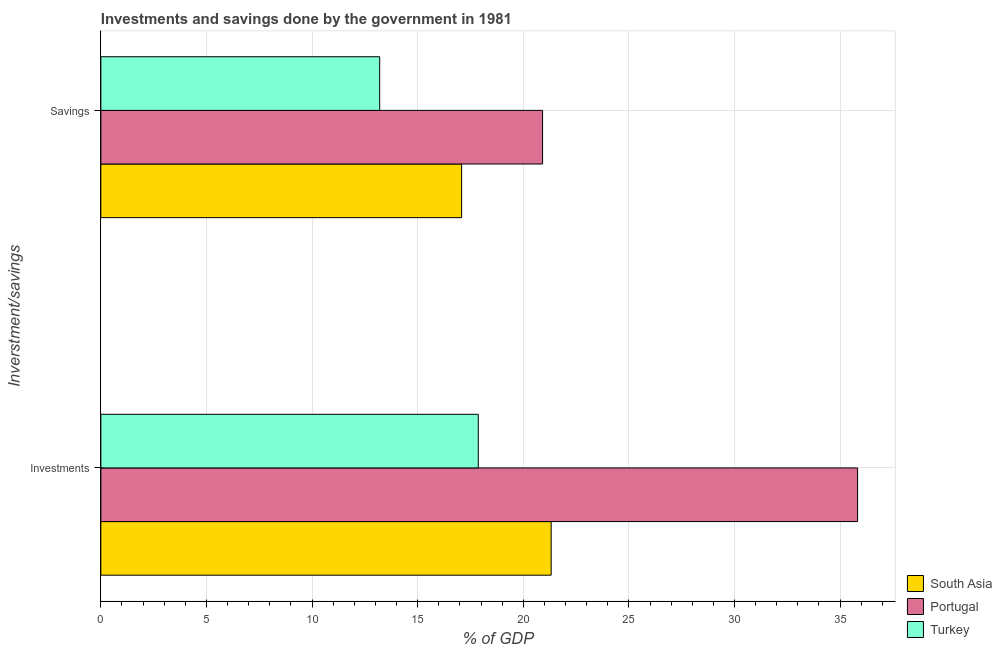
| Inverstment/savings | South Asia | Portugal | Turkey |
 | --- | --- | --- | --- |
 | Investments | 21.3 | 35.8 | 17.9 |
 | Savings | 17.1 | 20.9 | 13.2 |